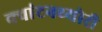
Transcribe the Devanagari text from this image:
क्‍वांटनथ्‍योरी